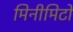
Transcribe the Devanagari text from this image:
मिनीमिटो